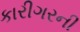
કારીગરની